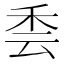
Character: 𮂳